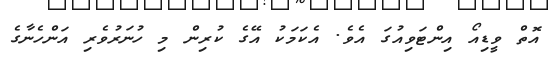
އޮތް ވީޑިއޯ އިންޓަވިއުގަ އެވެ. އެކަމަކު އޭގެ ކުރިން މި ހުނަރުވެރި އަންހެނާގެ